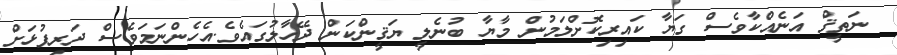
ނަތީޤް އަނެއްކާވެސް ގަޔާ ކައިރިކޮށްލަމުން މާޔާ ބުނެލީ ޔަޤީންކަން ދޭހާލުގައެވެ.އެހެންނަމަވެސް ދަރިފުޅަށް